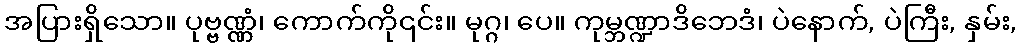
အပြားရှိသော။ ပုဗ္ဗဏ္ဏံ၊ ကောက်ကို၎င်း။ မုဂ္ဂ၊ ပေ။ ကုမ္ဘဏ္ဍာဒိဘေဒံ၊ ပဲနောက်, ပဲကြီး, နှမ်း,